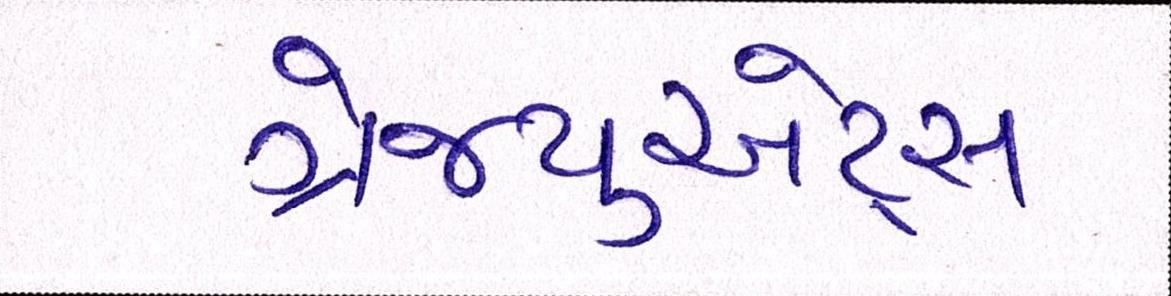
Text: ગ્રેજ્યુએટ્સ